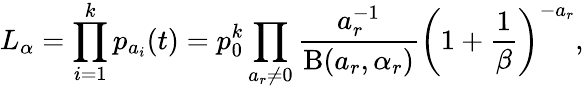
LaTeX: L_{\alpha}=\prod_{i=1}^{k}p_{a_{i}}(t)=p_{0}^{k}\prod_{a_{r}\neq 0}\frac{a_{r}^{-1}}{\mathrm{B}(a_{r},\alpha_{r})}\left(1+\frac{1}{\beta}\right)^{-a_{r}},